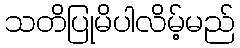
သတိပြုမိပါလိမ့်မည်